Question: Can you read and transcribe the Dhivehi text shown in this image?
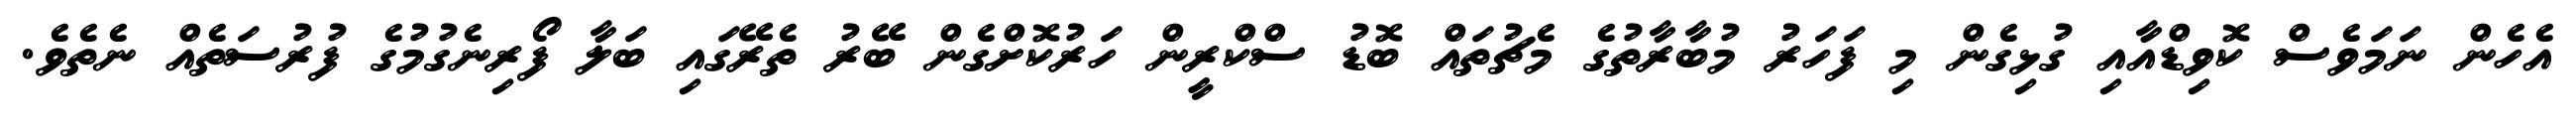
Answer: އެހެން ނަމަވެސް ކޮވިޑްއާއި ގުޅިގެން މި ފަހަރު މުބާރާތުގެ މެޗުތައް ބޮޑު ސްކްރީން ހަރުކޮށްގެން ބޭރު ތެރޭގައި ބަލާ ފޯރިނެގުމުގެ ފުރުސަތެއް ނެތެވެ.